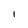
Character: l